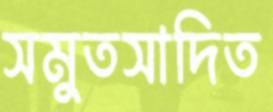
সমুতসাদিত